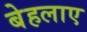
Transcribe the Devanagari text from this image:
बेहलाए